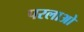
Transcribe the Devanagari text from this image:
परलाओ